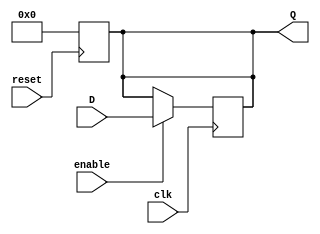
module register (Q, D, enable, reset, clk);
	parameter PC = 0;

	input enable, reset, clk;
	input [31:0] D;
	output reg [31:0] Q;


	//Reset to 0
	always @ (posedge reset)
	begin
		Q = 0;
	end 

	always @ (posedge clk)
	begin
		if (enable)
  			Q = D;
	end

	//If this is the PC, increment every neg clock
	always @ (negedge clk)
	begin
		if (PC == 1)
			Q = Q + 1;
	end
endmodule